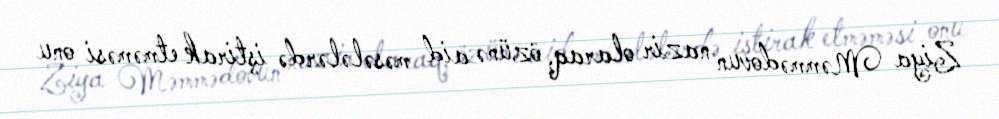
Ziya Məmmədovun nazir olaraq, özünə aid məsələlərdə iştirak etməməsi onu